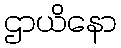
ဌာယိနော